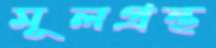
মূলগ্রন্থ